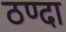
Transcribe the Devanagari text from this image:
ठण्दा